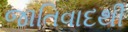
જાતિવાદથી